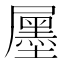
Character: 𡳫